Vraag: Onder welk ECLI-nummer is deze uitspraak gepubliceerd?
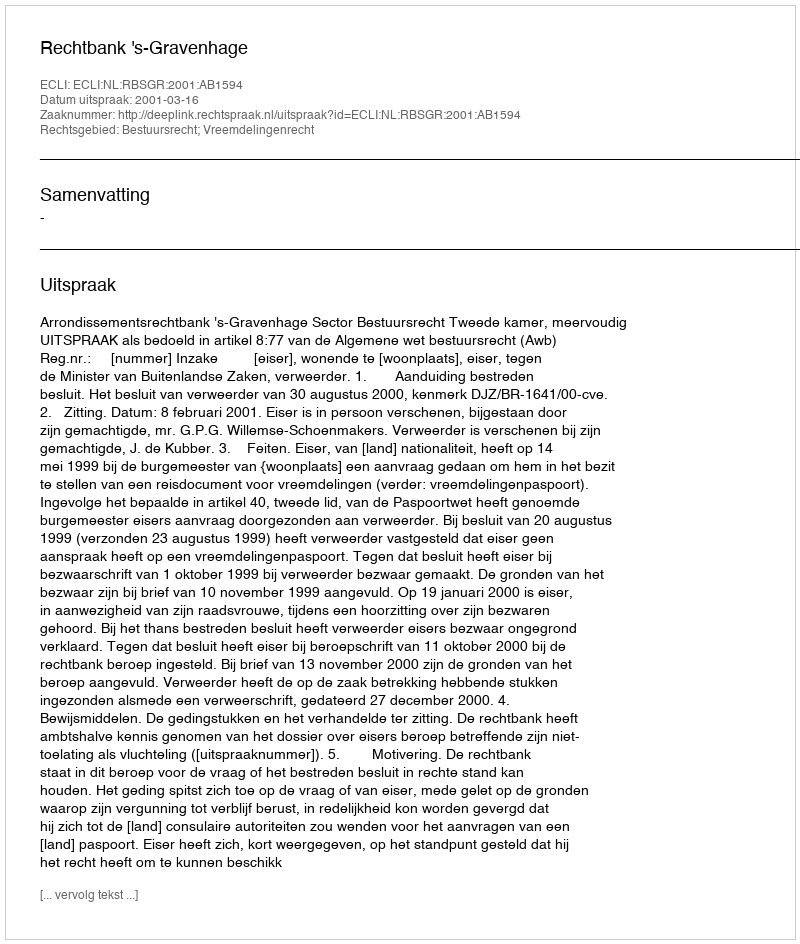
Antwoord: ECLI:NL:RBSGR:2001:AB1594